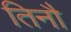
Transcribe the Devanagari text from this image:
तिनौ